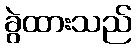
ခွဲထားသည်